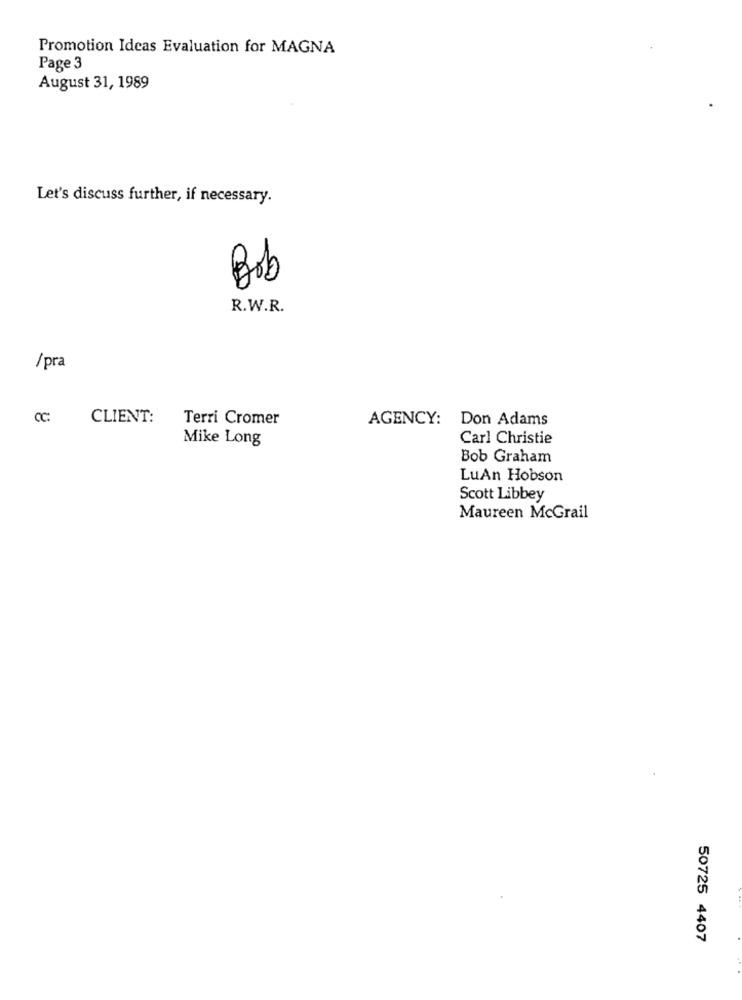
Promotion Ideas Evaluation for MAGNA
Page 3
August 31, 1989
Let's discuss further, if necessary.
Bob
R.W.R.
/pra
CC :
CLIENT:
Terri Cromer
AGENCY:
Don Adams
Mike Long
Carl Christie
Bob Graham
LuAn Hobson
Scott Libbey
Maureen McGrail
50725 4407